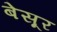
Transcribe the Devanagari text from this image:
बेसूर